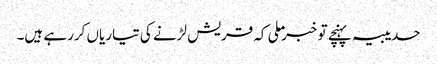
حدیبیہ پہنچے تو خبر ملی کہ قریش لڑنے کی تیاریاں کررہے ہیں۔